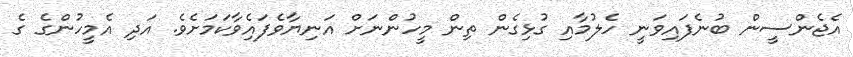
އެޖެންސީން ބުނެފައިވަނީ ހެލުމާއި ގުޅިގެން ތިން މީހުންނަށް އަނިޔާވެފައެިވާކަމަށެވެ. އަދި އެމީހުންގެ ގެ